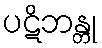
ပဋိဘန္တု